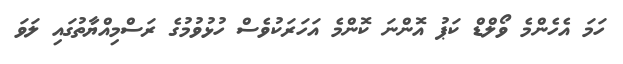
ހަމަ އެހެންމެ ވޯލްޑް ކަޕު އޮންނަ ކޮންމެ އަހަރަކުވެސް ހުޅުވުމުގެ ރަސްމިއްޔާތުގައި ލަވަ